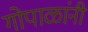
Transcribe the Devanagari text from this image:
गोपाळांनी